Report on the Civil Veterinary Department, Eastern Bengal and Assam - 1907-1911
Year: 1907
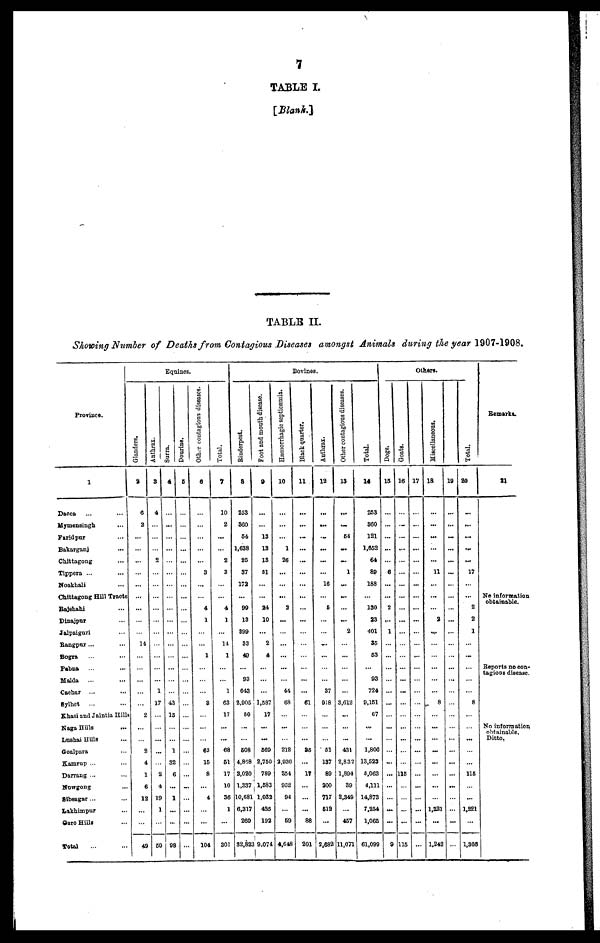
7
TABLE I.
[Blank.]
TABLE II.
Showing Number of Deaths from Contagious Diseases amongst Animals during the year 1907-1908,
Province.
1
Dacca ... ...
Mymensingh
...
Faridpur ...
Bakarganj
...
Chittagong ...
Tippera ... ...
Noakhali ...
Chittagong Hill Tracts
Rajshahi ...
Dinajpur ...
Jalpaiguri ...
Rangpur... ...
Bogra ... ...
Pabna
... ...
Malda
... ...
Caohar ... ...
Sylhet
... ...
Khasi and Jaintia Hills
Naga Hills
...
Lushai Hills ...
Goalpara ...
Kamrup ... ...
Darrang ... ...
Nowgong ...
Sibsagar ... ...
Lakhimpur ...
Garo Hills ...
Total ... ...
Equines
Glanders.
2
6
2
...
...
...
...
...
...
...
...
...
14
...
...
... ...
...
...
2
...
...
...
2
4
1
6
12
...
...
49
Anthrax.
3
4
...
...
...
2
...
...
...
...
...
...
...
...
...
...
1
17
...
...
...
...
...
2
4
19
1
...
59
Surra.
4
...
...
...
...
...
...
...
...
...
...
...
...
...
...
...
...
43
15
...
...
1
82
6
...
1
...
...
98
Dourine.
5
...
...
...
...
...
...
...
...
...
...
...
...
...
...
...
...
...
...
...
...
...
...
...
...
...
...
...
...
Other
contagious diseases.
6
...
...
...
...
...
3
...
...
4
1
...
...
1
...
... ...
...
8
...
...
... ...
63
16
8
...
4
...
...
104
Total.
7
10
2
...
...
2
3
...
...
4
1
...
14
1
...
...
1
63
17
...
...
68
61
17
10
36
1
...
301
Bovines.
Rinderpest.
8
253
360
64
1,638
25
87
172
...
99
13
399
33
49
...
93
643
2.905
60
...
...
608
4,868
2,020
1,337
10,681
6,817
269
32,822
Foot and month disease.
9
...
...
13
13
13
51
...
...
24
10
...
2
4
...
...
...
1,587
17
...
...
569
2,750
789
1,583
1,032
425
192
9,074
Hæmorrhagic
septicæmia.
10
...
...
...
1
26
...
...
...
2
...
...
...
...
...
...
...
44
68
...
...
...
212
2,936
254
952
94
...
69
4,649
Black quarter.
11 .
...
...
...
...
...
...
...
...
...
...
...
...
...
...
...
...
61
...
...
...
85
...
17
...
...
...
88
201
Anthrax.
12
...
...
...
...
...
...
16
...
6
...
...
...
...
...
...
37
918
...
...
...
51
137
89
200
717
612
...
2,682
Other contagious diseases.
13
...
...
54
...
...
1
...
...
...
...
2
...
...
...
...
...
3,612
...
...
...
431
2,832
1,894
39
2,849
...
467
11,671
Total.
14
253
860
121
1,652
64
89
188
...
130
23
401
85
53
...
93
724
9,151
67
...
...
1,806
13,523
5,063
4,111
14,873
7,254
1,066
61,099
Others.
Dogs.
15
...
...
...
...
...
6
...
...
2
...
1
...
...
...
...
...
...
...
...
...
...
...
...
...
...
...
...
...
9
Goats.
16
...
...
...
...
...
...
...
...
...
...
...
...
...
...
... ...
...
...
...
...
...
...
...
116
...
...
...
...
116
17
...
...
...
...
...
...
...
...
...
...
...
...
...
...
... ...
...
...
...
...
...
...
...
...
...
...
...
...
...
Miscellaneous.
18
...
...
...
...
...
11
...
...
...
2
...
...
...
...
... ...
...
8
...
...
... ...
...
...
...
...
...
1,221
...
1,242
19
...
...
...
...
...
...
...
...
...
...
...
...
...
...
... ...
...
...
...
...
...
...
...
...
...
...
...
...
...
Total.
20
...
...
...
...
...
17
...
...
2
2
1
...
...
...
...
...
8
...
...
...
...
...
116
...
...
1,221
...
1,366
Remarks.
21
No information
obtainable.
Reports no con-
tagious disease.
No information
obtainable.
Ditto.